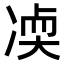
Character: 𫥒